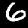
Digit: 6